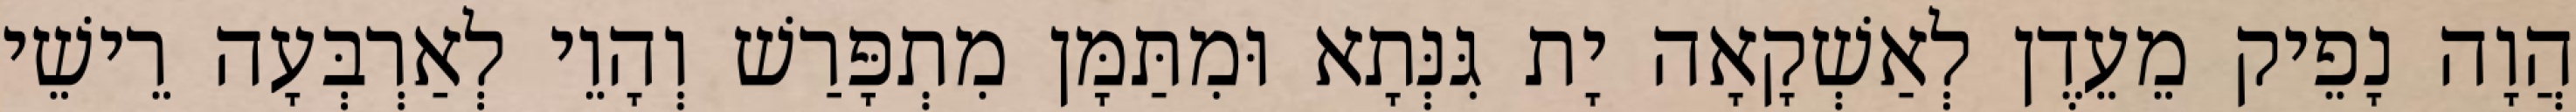
הֲוָה נָפֵיק מֵעֵדֶן לְאַשְׁקָאָה יָת גִּנְּתָא וּמִתַּמָּן מִתְפָּרַשׁ וְהָוֵי לְאַרְבְּעָה רֵישֵׁי